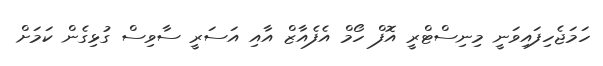
ހަމަޖެހިފައިވަނީ މިނިސްޓްރީ އޮފް ހޯމް އެފެއާޒް އާއި އަސަރީ ސާވިސް ގުޅިގެން ކަމަށް